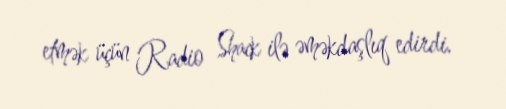
etmək üçün Radio Shack ilə əməkdaşlıq edirdi.